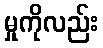
မှုကိုလည်း